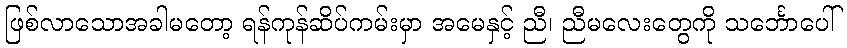
ဖြစ်လာသောအခါမတော့ ရန်ကုန်ဆိပ်ကမ်းမှာ အမေနှင့် ညီ၊ ညီမလေးတွေကို သင်္ဘောပေါ်